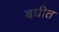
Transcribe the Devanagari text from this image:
बघीत